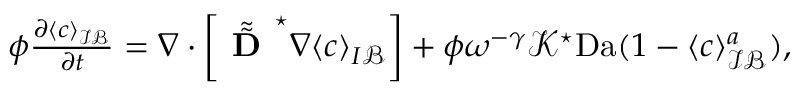
\begin{array} { r } { \phi \frac { \partial \langle c \rangle _ { \mathcal { I B } } } { \partial t } = \nabla \cdot \left[ \tilde { \tilde { \textbf { D } } } ^ { \star } \nabla \langle c \rangle _ { I \mathcal B } \right] + \phi \omega ^ { - \gamma } \mathcal { K } ^ { \star } \mathrm { D a } ( 1 - \langle c \rangle _ { \mathcal { I B } } ^ { a } ) , } \end{array}